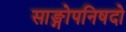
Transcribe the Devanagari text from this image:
साङ्गोपनिषदो